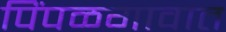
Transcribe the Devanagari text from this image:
पिंपळगावात